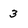
Character: 3